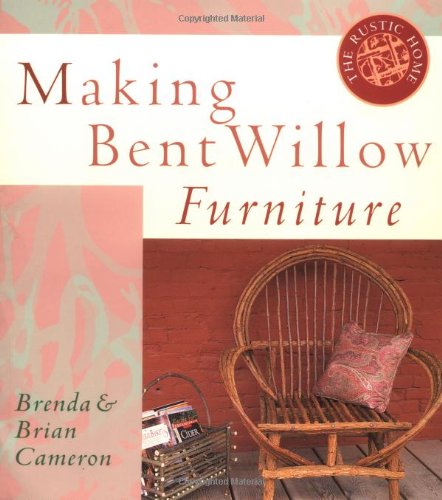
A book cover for Making Bent Willow Furniture (Rustic Home Series); Brenda Cameron; Crafts, Hobbies & Home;